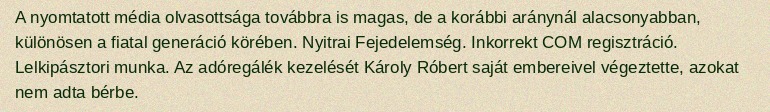
A nyomtatott média olvasottsága továbbra is magas, de a korábbi aránynál alacsonyabban, különösen a fiatal generáció körében. Nyitrai Fejedelemség. Inkorrekt COM regisztráció. Lelkipásztori munka. Az adóregálék kezelését Károly Róbert saját embereivel végeztette, azokat nem adta bérbe.